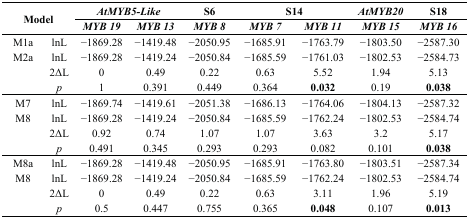
| <ROWSPAN=2-COLSPAN=2> Model | <COLSPAN=2> AtMYB5-Like | S6 | <COLSPAN=2> S14 | AtMYB20 | S18 |
 | MYB 19 | MYB 13 | MYB 8 | MYB 7 | MYB 11 | MYB 15 | MYB 16 |
 | --- | --- | --- | --- | --- | --- | --- | --- | --- |
 | M1a | lnL | −1869.28 | −1419.48 | −2050.95 | −1685.91 | −1763.79 | −1803.50 | −2587.30 |
 | M2a | lnL | −1869.28 | −1419.24 | −2050.84 | −1685.59 | −1761.03 | −1802.53 | −2584.73 |
 |  | 2ΔL | 0 | 0.49 | 0.22 | 0.63 | 5.52 | 1.94 | 5.13 |
 |  | p | 1 | 0.391 | 0.449 | 0.364 | 0.032 | 0.19 | 0.038 |
 | M7 | lnL | −1869.74 | −1419.61 | −2051.38 | −1686.13 | −1764.06 | −1804.13 | −2587.32 |
 | M8 | lnL | −1869.28 | −1419.24 | −2050.84 | −1685.59 | −1762.24 | −1802.53 | −2584.74 |
 |  | 2ΔL | 0.92 | 0.74 | 1.07 | 1.07 | 3.63 | 3.2 | 5.17 |
 |  | p | 0.491 | 0.345 | 0.293 | 0.293 | 0.082 | 0.101 | 0.038 |
 | M8a | lnL | −1869.28 | −1419.48 | −2050.95 | −1685.91 | −1763.80 | −1803.51 | −2587.34 |
 | M8 | lnL | −1869.28 | −1419.24 | −2050.84 | −1685.59 | −1762.24 | −1802.53 | −2584.74 |
 |  | 2ΔL | 0 | 0.49 | 0.22 | 0.63 | 3.11 | 1.96 | 5.19 |
 |  | p | 0.5 | 0.447 | 0.755 | 0.365 | 0.048 | 0.107 | 0.013 |